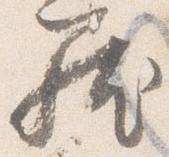
籠